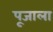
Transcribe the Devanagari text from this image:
पूजाला